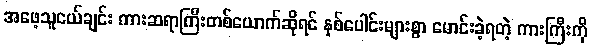
အဖေ့သူငယ်ချင်း ကားဆရာကြီးတစ်ယောက်ဆိုရင် နှစ်ပေါင်းများစွာ မောင်းခဲ့ရတဲ့ ကားကြီးကို